Vaccination in Bombay 1913-1923 - 1913-1923
Year: 1913
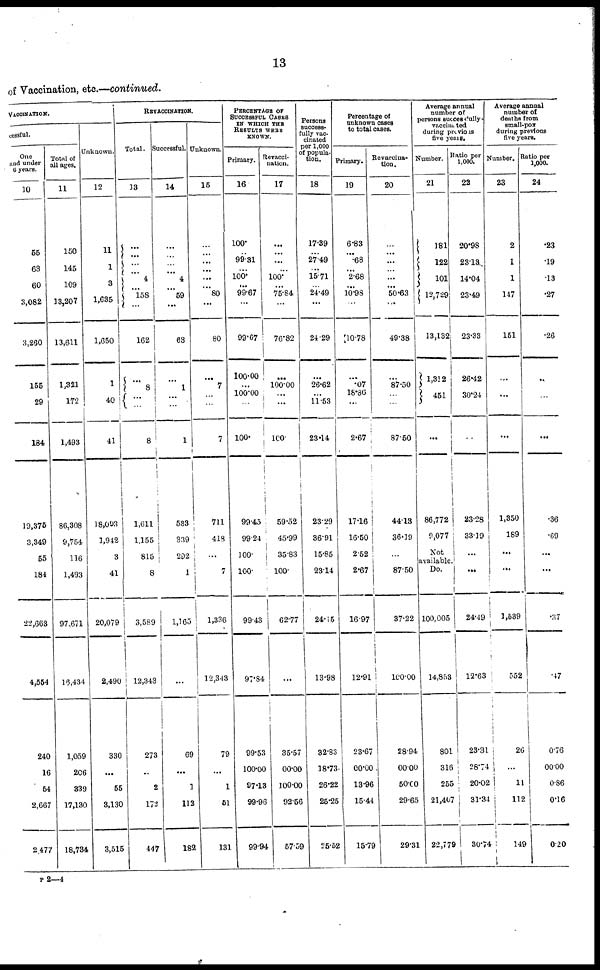
13
of Vaccination, etc.—continued.
VACCINATION.
cessful.
One
and under
6 years.
10
55
63
60
3,082
3,260
155
29
134
19,375
3,849
55
184
22,663
4,554
240
16
54
2,667
2,477
Total of
all ages.
11
150
145
109
13,207
13,611
1,32l
172
1,493
86,308
9,754
116
1,493
97,671
16,434
1,059
206
339
17,130
18,784
Unknown.
12
11
1
3
1,085
1,650
1
40
41
18,093
1,942
3
41
20,079
2,490
330
...
55
3,130
3,515
REVACCINATION.
Total.
13
...
...
...
...
4
... 158
...
162
...
8
...
...
8
1,611
1,155
815
8
3,589
12,343
273
...
2
173
447
Successful
14
...
...
...
...
4
... 59
...
63
...
1
...
...
1
533
339
202
1
1,165
...
69
...
1
113
182
Unknown.
15
...
...
...
...
...
... 80
...
80
...
7
...
...
7
711
418
...
7
1,336
12,343
79
...
1
51
131
PERCENTAGE OF
SUCCESSFUL CASES
IN WHICH THE
RESULTS WERE
KNOWN.
Primary.
16
100.
...
99.31
...
100.
...
99.67
...
99.67
100.00
...
100.00
...
100.
99.45
99.24
100.
100.
9943
97.84
99.53
100.00
97.13
99.96
99.94
Revacci¬
nation.
17
...
...
...
...
100.
...
75.84
...
76.82
...
100.00
...
...
100.
59.52
45.99
35.83
100.
62.77
...
35.57
00.00
100.00
92.56
57.59
Persons
success-
fully vac¬
cinated
per 1,000
of popula-
tion.
18
17.39
...
27.49
...
15.71
...
24.49
...
24.29
...
26.62
...
11.53
23.14
23.29
36.91
15.85
23.14
24.15
13.98
32.83
18.73.
26.22
25.25
25.52
Percentage of
unknown cases
to total cases.
Primary.
19
6.83
...
.68
...
2.68
...
10.98
...
10.78
...
.07
18.86
...
2.67
17.16
16.50
2.52
2.67
16.97
12.91
23.67
00.00
13.96
15.44
15.79
Revaccina-
tion.
20
...
...
...
...
...
...
50.63
...
49.38
...
87.50
...
...
87.50
44.13
36.19
...
87.50
37.22
100.00
28.94
00.00
50.00
29.65
29.31
Average annual
number of
persons Successfully
vaccinated
during previous
five years.
Number.
21
181
122
101
12,729
13,132
1,312
451
...
86,772
9,077
Not
available.
Do.
100,005
14,853
801
316
255
21,407
22,779
Ratio per
1,000.
22
20.98
28.13
14.04
23,49
23.33
26.42
30.24
...
23.28
33.19
...
...
24.49
12.63
23.31
28.74
20.02
31.34
30.74
Average annual
number of
deaths from
small-pox
during previous
five years.
Number.
23
2
1
1
147
151
...
...
...
1,350
189
...
...
1,539
552
26
...
11
112
149
Ratio per
1,000.
24
.23
.19
.13
.27
.26
...
...
...
.36
.69
...
...
.37
.47
0.76
00.00
0.86
0.16
0.20
P 2—4